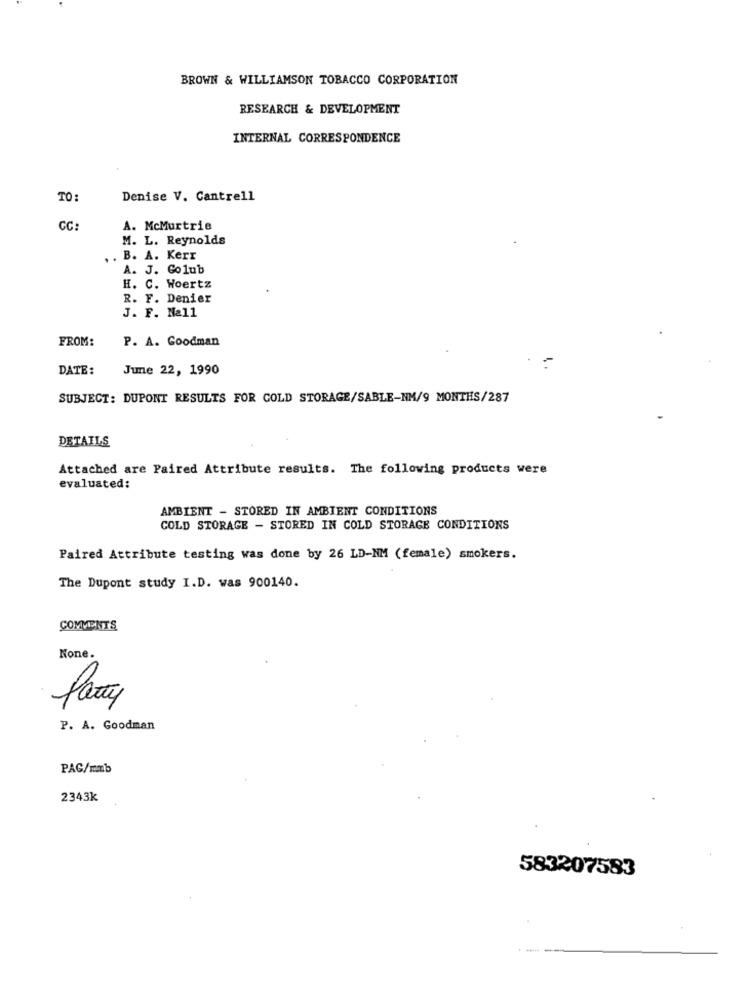
BROWN & WILLIAMSON TOBACCO CORPORATION
RESEARCH & DEVELOPMENT
INTERNAL CORRESPONDENCE
TO:
Denise V. Cantrell
A. McMurtrie
M. L. Reynolds
. .
. B. A. Kerr
A. J. Golub
H. C. Woertz
R. F. Denier
J. F. Nall
FROM:
P. A. Goodman
DATE:
June 22, 1990
SUBJECT: DUPONT RESULTS FOR COLD STORAGE/SABLE-NM/9 MONTHS/287
DETAILS
Attached are Paired Attribute results. The following products were
evaluated:
AMBIENT - STORED IN AMBIENT CONDITIONS
COLD STORAGE - STORED IN COLD STORAGE CONDITIONS
Paired Attribute testing was done by 26 LD-NM (female) smokers.
The Dupont study I.D. was 900140.
COMMENTS
None.
Party
P. A. Goodman
PAG/mmb
2343k
583207583